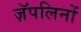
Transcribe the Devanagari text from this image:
ज़ॅपलिनों